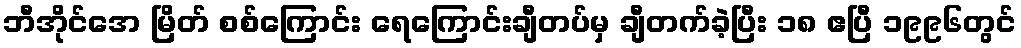
ဘီအိုင်အေ မြိတ် စစ်ကြောင်း ရေကြောင်းချီတပ်မှ ချီတက်ခဲ့ပြီး ၁၈ ဧပြီ ၁၉၉၆တွင်